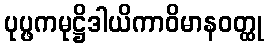
ပုပ္ဖကမုဋ္ဌိဒါယိကာဝိမာနဝတ္ထု